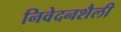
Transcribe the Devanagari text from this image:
निवेदनशैली